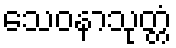
သေဝနာသုတ္တံ